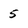
Character: 5